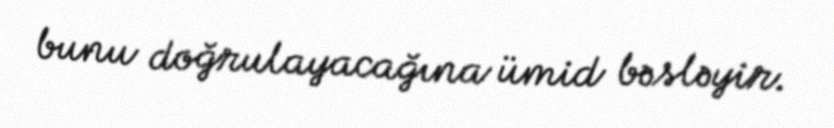
bunu doğrulayacağına ümid bəsləyir.